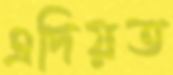
এদিয়ত